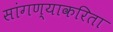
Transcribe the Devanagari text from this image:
सांगण्याकरिता